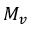
M _ { v }